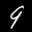
Label: 9